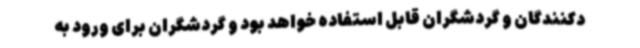
دکنندگان و گردشگران قابل استفاده خواهد بود و گردشگران برای ورود به